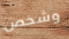
وشخص